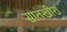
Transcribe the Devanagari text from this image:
सातखीरा